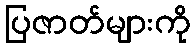
ပြဇာတ်များကို